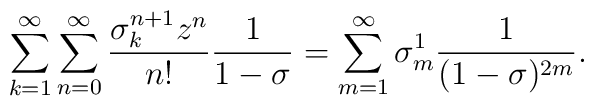
\sum_{k=1}^\infty\sum_{n=0}^\infty\frac{\sigma_k^{n+1}z^n}{n!}\frac{1}{1-\sigma}= \sum_{m=1}^\infty\sigma_m^1\frac{1}{(1-\sigma)^{2m}}.